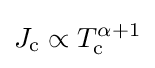
{J}_{\text{c}}\propto T_{\text{c}}^{\alpha +1}